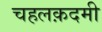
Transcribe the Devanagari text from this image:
चहलक़दमी